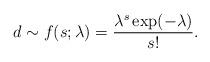
LaTeX: \begin{align*}d\sim f(s;\lambda) = \frac{{\lambda^s \exp(-\lambda)}}{s!}.\end{align*}